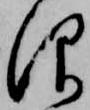
仰